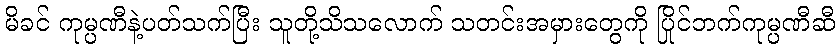
မိခင် ကုမ္ပဏီနဲ့ပတ်သက်ပြီး သူတို့သိသလောက် သတင်းအမှားတွေကို ပြိုင်ဘက်ကုမ္ပဏီဆီ